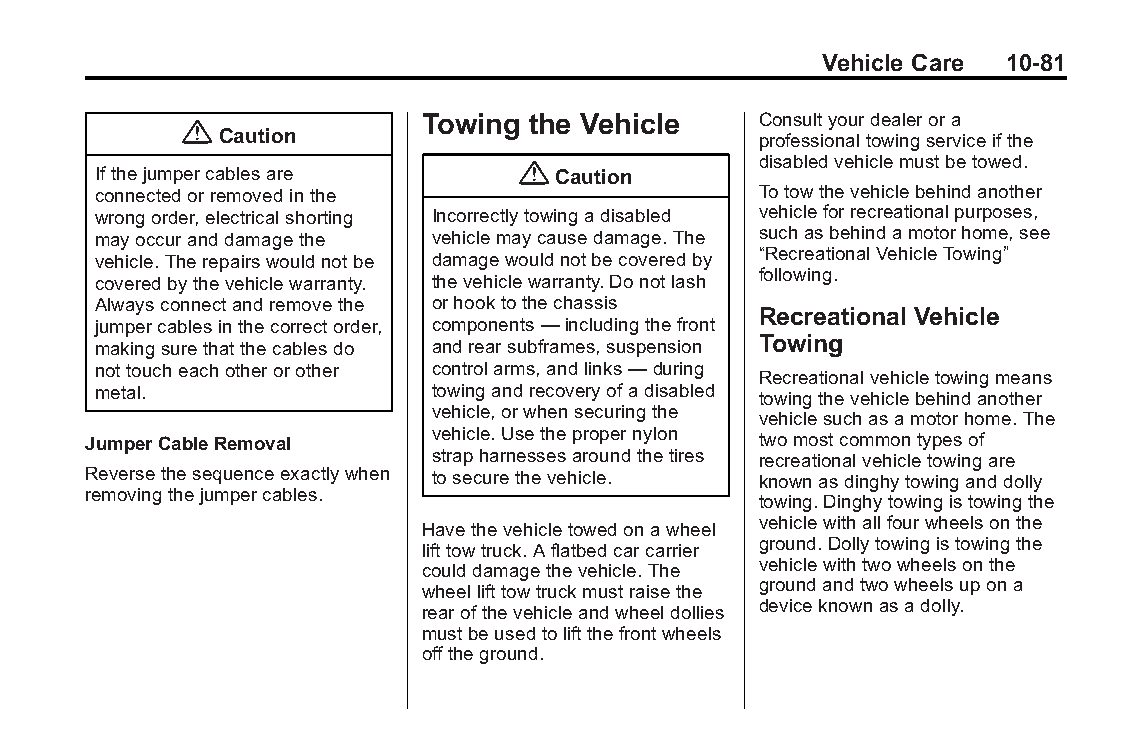
Buick LaCrosse Owner Manual (GMNA-Localizing-U.S./Canada/Mexico- Blackplate(81,1)
 6043609)-2014-2ndEdition-10/17/13
 Vehicle Care 10-81
 Towing the Vehicle    Consultyourdealerora
 {
 Caution                             professionaltowingserviceifthe
 disabledvehiclemustbetowed.
 Ifthejumpercablesare        { Caution
 connectedorremovedinthe                     Totowthevehiclebehindanother
 wrongorder,electricalshorting Incorrectlytowingadisabled vehicleforrecreationalpurposes,
 mayoccuranddamagethe  vehiclemaycausedamage.The suchasbehindamotorhome,see
 vehicle.Therepairswouldnotbe damagewouldnotbecoveredby “RecreationalVehicleTowing”
 following.
 coveredbythevehiclewarranty. thevehiclewarranty.Donotlash
 Alwaysconnectandremovethe orhooktothechassis
 Recreational Vehicle
 jumpercablesinthecorrectorder, components—includingthefront
 makingsurethatthecablesdo andrearsubframes,suspension Towing
 nottoucheachotherorother controlarms,andlinks—during
 Recreationalvehicletowingmeans
 metal.                towingandrecoveryofadisabled towingthevehiclebehindanother
 vehicle,orwhensecuringthe
 vehiclesuchasamotorhome.The
 JumperCableRemoval     vehicle.Usethepropernylon twomostcommontypesof
 strapharnessesaroundthetires recreationalvehicletowingare
 Reversethesequenceexactlywhen tosecurethevehicle. knownasdinghytowinganddolly
 removingthejumpercables.
 towing.Dinghytowingistowingthe
 vehiclewithallfourwheelsonthe
 Havethevehicletowedonawheel
 ground.Dollytowingistowingthe
 lifttowtruck.Aflatbedcarcarrier
 vehiclewithtwowheelsonthe
 coulddamagethevehicle.The
 groundandtwowheelsupona
 wheellifttowtruckmustraisethe
 deviceknownasadolly.
 rearofthevehicleandwheeldollies
 mustbeusedtoliftthefrontwheels
 offtheground.